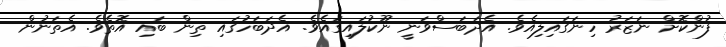
ފުންކޮށް ނަޒަރު ހިނަގައިލިއެވެ. އެދަބަސްވަނީ ނޫކުލައިގައެވެ. އެދަބަހުގައި ތިން ބައި އޮތެވެ. އެތަނުން